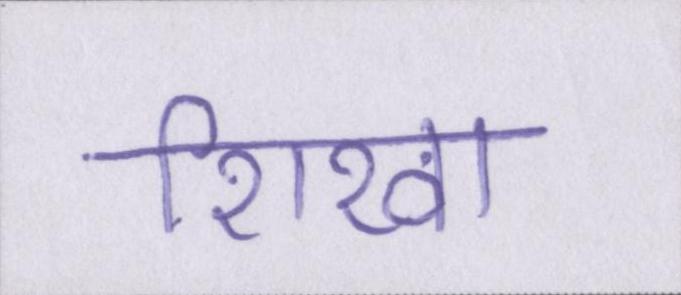
शिखा